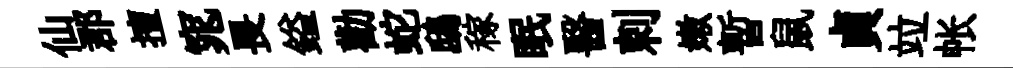
仙郡擅窕畏鎰勸蛇鴟稼眠醫剌嫩暫鼠貞竝帐